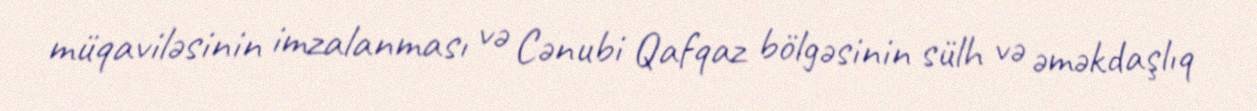
müqaviləsinin imzalanması və Cənubi Qafqaz bölgəsinin sülh və əməkdaşlıq